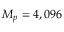
M _ { p } = 4 , 0 9 6